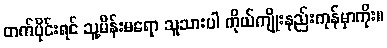
တက်ပိုင်းရင် သူ့မိန်းမရော သူသားပါ ကိုယ်ကျိုးနည်းကုန်မှာကိုး။